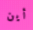
أين